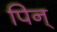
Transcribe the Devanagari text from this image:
पिन्